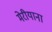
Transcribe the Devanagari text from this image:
मेरीयाना